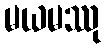
မယမဿု